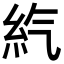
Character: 𥾨